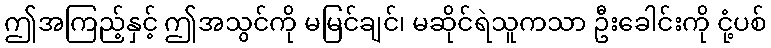
ဤအကြည့်နှင့် ဤအသွင်ကို မမြင်ချင်၊ မဆိုင်ရဲသူကသာ ဦးခေါင်းကို ငုံ့ပစ်